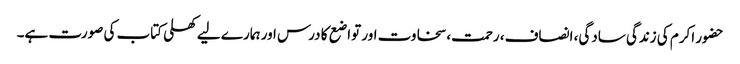
حضور اکرم کی زندگی سادگی، انصاف، رحمت، سخاوت اور تواضع کا درس اور ہمارے لیے کھلی کتاب کی صورت ہے۔